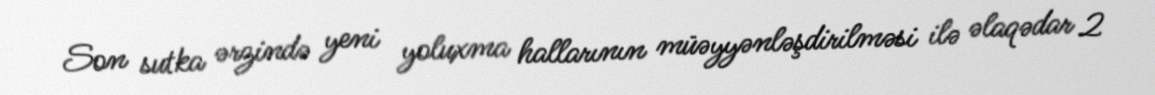
Son sutka ərzində yeni yoluxma hallarının müəyyənləşdirilməsi ilə əlaqədar 2